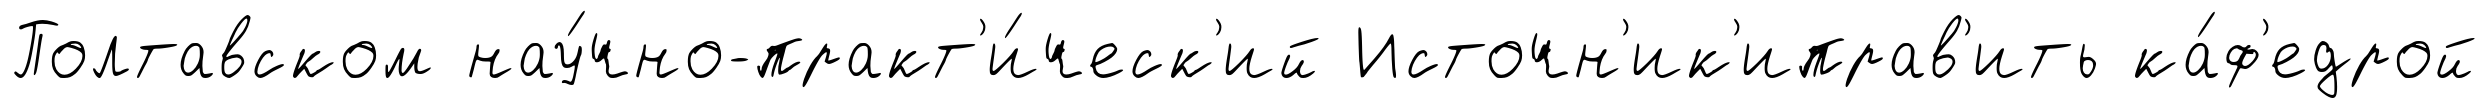
Полтавском нау́чно-практ'и́ческ'ий Источн'ик'иправ'ить ка́ф'едрой